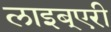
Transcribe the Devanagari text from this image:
लाइब्एरी